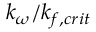
k _ { \omega } / k _ { f , c r i t }